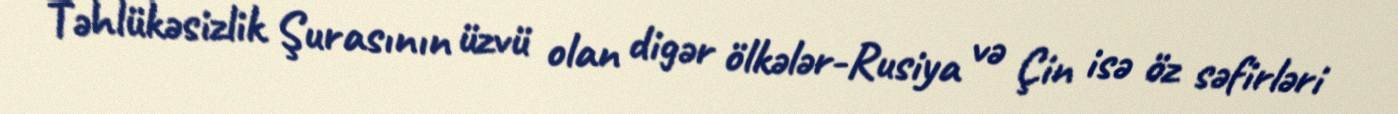
Təhlükəsizlik Şurasının üzvü olan digər ölkələr-Rusiya və Çin isə öz səfirləri